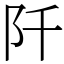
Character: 阡